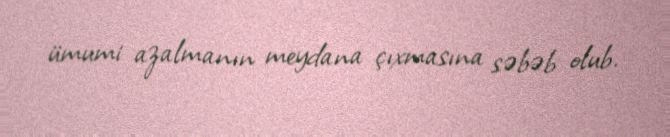
ümumi azalmanın meydana çıxmasına səbəb olub.